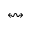
\leftrightsquigarrow